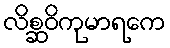
လိစ္ဆဝိကုမာရကေ